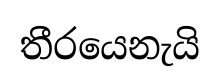
තීරයෙනැයි